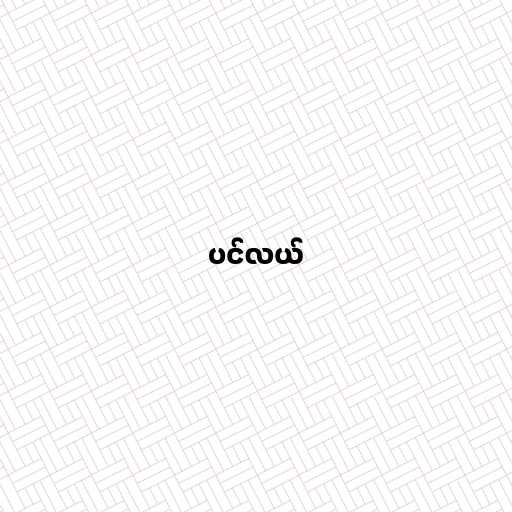
ပင်လယ်